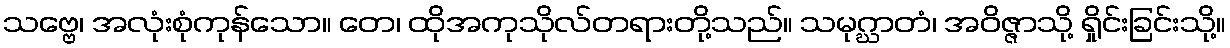
သဗ္ဗေ၊ အလုံးစုံကုန်သော။ တေ၊ ထိုအကုသိုလ်တရားတို့သည်။ သမုဂ္ဃာတံ၊ အဝိဇ္ဇာသို့ ရှိုင်းခြင်းသို့။